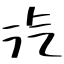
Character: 汽